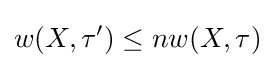
w(X,\tau ')\leq nw(X,\tau )